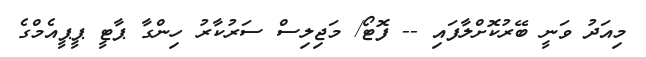
މިއަދު ވަނީ ބޭރުކޮށްލާފައި -- ފޮޓޯ/ މަޖިލިސް ސަރުކާރު ހިންގާ ޕާޓީ ޕީޕީއެމްގެ